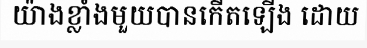
យ៉ាងខ្លាំងមួយបានកើតឡើង ដោយ